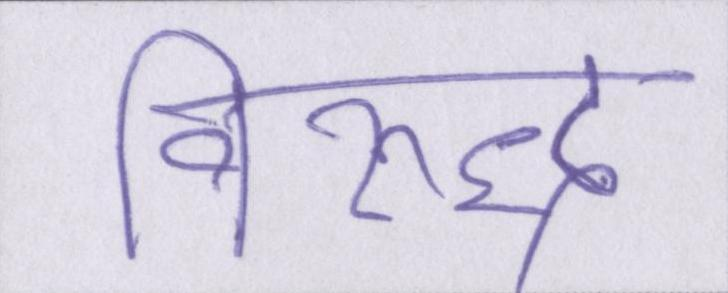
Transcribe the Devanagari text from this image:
विरुद्ध